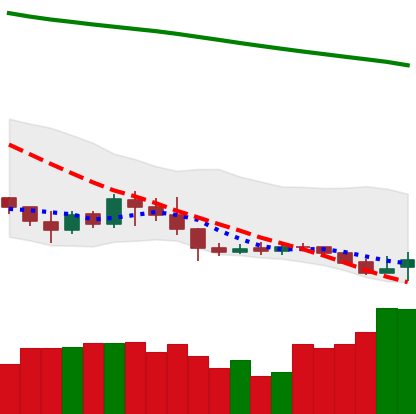
Ticker: XLM-USD
Chart end date: 2019-09-08
Forward return: -6.475%
Label: down_5_7